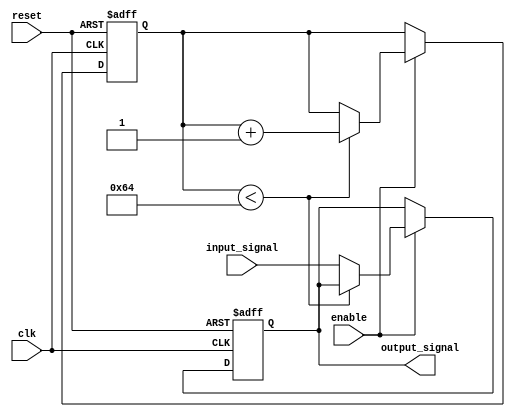
module latch_delay (
    input wire clk,
    input wire reset,
    input wire enable,
    input wire input_signal,
    output reg output_signal
);

reg [31:0] delay_counter;

always @ (posedge clk or posedge reset) begin
    if (reset) begin
        delay_counter <= 0;
        output_signal <= 0;
    end else if (enable) begin
        if (delay_counter < 100) begin  // Designated delay period
            delay_counter <= delay_counter + 1;
        end else begin
            output_signal <= input_signal;
        end
    end
end

endmodule